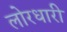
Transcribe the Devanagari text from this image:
लोरधारी